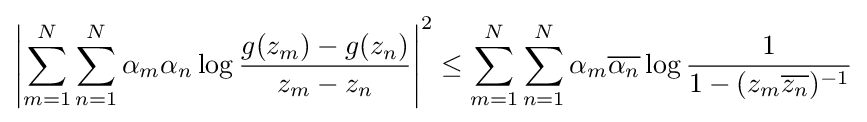
\left|\sum _{m=1}^{N}\sum _{n=1}^{N}\alpha _{m}\alpha _{n}\log {g(z_{m})-g(z_{n}) \over z_{m}-z_{n}}\right|^{2}\leq \sum _{m=1}^{N}\sum _{n=1}^{N}\alpha _{m}{\overline {\alpha _{n}}}\log {1 \over 1-(z_{m}{\overline {z_{n}}})^{-1}}